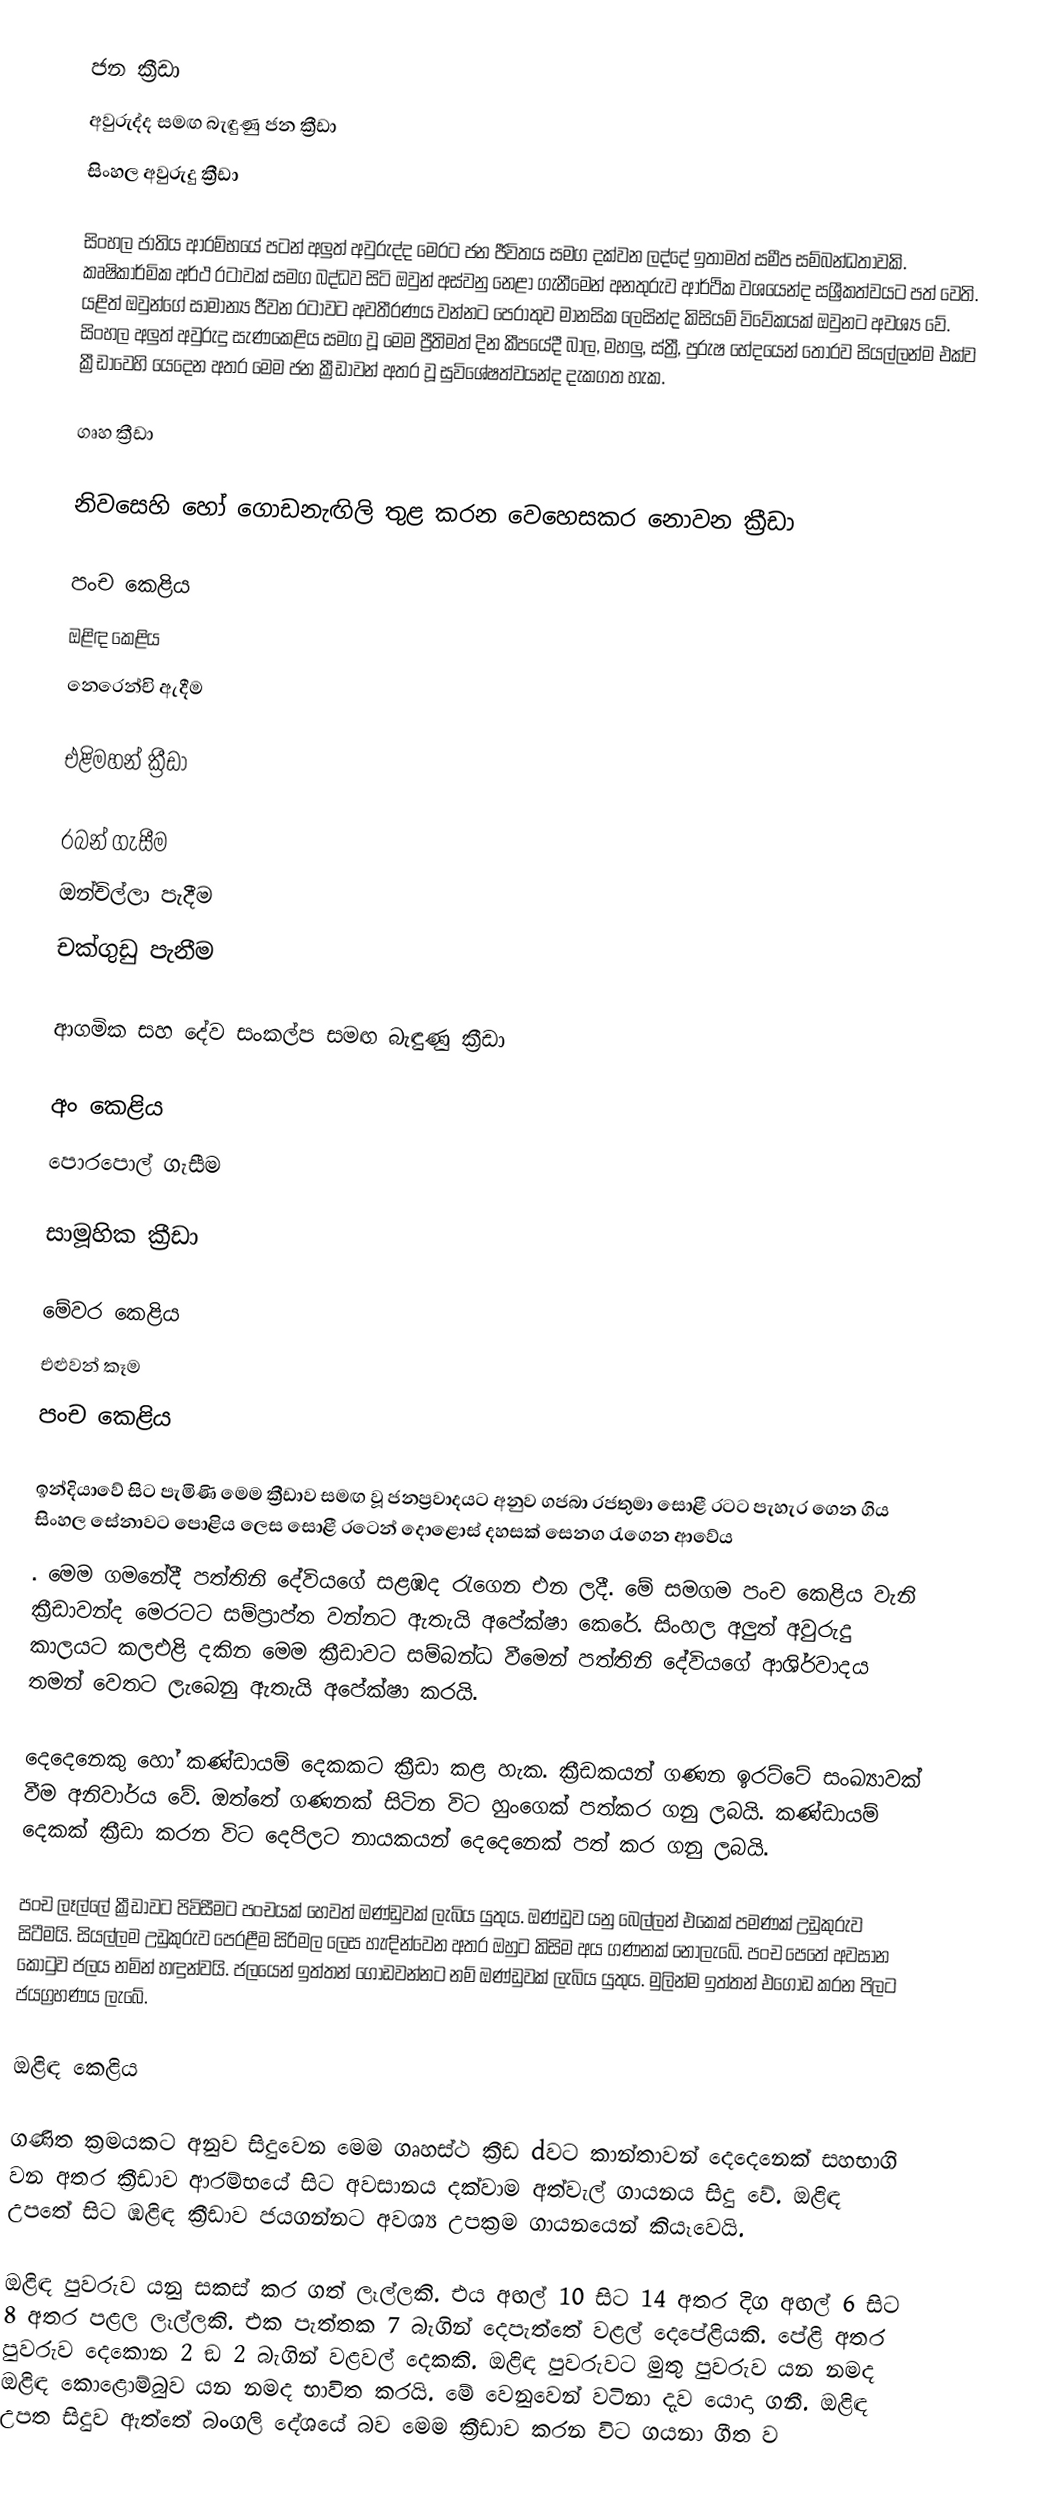
ජන ක්‍රීඩා
අවුරුද්ද සමඟ බැඳුණු ජන ක්‍රීඩා
සිංහල අවුරුදු ක්‍රීඩා

සිංහල ජාතිය ආරම්භයේ පටන් අලුත් අවුරුද්ද මෙරට ජන ජීවිතය සමග දක්‌වන ලද්දේ ඉතාමත් සමීප සම්බන්ධතාවකි. කෘෂිකාර්මික අර්ථ රටාවක්‌ සමග බද්ධව සිටි ඔවුන් අස්‌වනු නෙළා ගැනීමෙන් අනතුරුව ආර්ථික වශයෙන්ද සශ්‍රීකත්වයට පත් වෙති. යළිත් ඔවුන්ගේ සාමාන්‍ය ජීවන රටාවට අවතීරණය වන්නට පෙරාතුව මානසික ලෙසින්ද කිසියම් විවේකයක්‌ ඔවුනට අවශ්‍ය වේ. සිංහල අලුත් අවුරුදු සැණකෙළිය සමග වූ මෙම ප්‍රීතිමත් දින කීපයේදී බාල, මහලු, ස්‌ත්‍රී, පුරුෂ භේදයෙන් තොරව සියල්ලන්ම එක්‌ව ක්‍රීඩාවෙහි යෙදෙන අතර මෙම ජන ක්‍රීඩාවන් අතර වූ සුවිශේෂත්වයන්ද දැකගත හැක.

ගෘහ ක්‍රීඩා

නිවසෙහි හෝ ගොඩනැඟිලි තුළ කරන වෙහෙසකර නොවන ක්‍රීඩා

පංච කෙළිය
ඔළිඳ කෙළිය
නෙරෙන්චි ඇදීම

එළිමහන් ක්‍රීඩා

රබන් ගැසීම
ඔන්චිල්ලා පැදීම
චක්‌ගුඩු පැනීම

ආගමික සහ දේව සංකල්ප සමඟ බැඳුණු ක්‍රීඩා

අං කෙළිය
පොරපොල් ගැසීම

සාමූහික ක්‍රීඩා

මේවර කෙළිය
එළුවන් කෑම
පංච කෙළිය

ඉන්දියාවේ සිට පැමිණි මෙම ක්‍රීඩාව සමඟ වූ ජනප්‍රවාදයට අනුව ගජබා රජතුමා සොළී රටට පැහැර ගෙන ගිය සිංහල සේනාවට පොළිය ලෙස සොළී රටෙන් දොළොස්‌ දහසක්‌ සෙනග රැගෙන ආවේය
. මෙම ගමනේදී පත්තිනි දේවියගේ සළඹද රැගෙන එන ලදී. මේ සමගම පංච කෙළිය වැනි ක්‍රීඩාවන්ද මෙරටට සම්ප්‍රාප්ත වන්නට ඇතැයි අපේක්‌ෂා කෙරේ. සිංහල අලුත් අවුරුදු කාලයට කලඑළි දකින මෙම ක්‍රීඩාවට සම්බන්ධ වීමෙන් පත්තිනි දේවියගේ ආශිර්වාදය තමන් වෙතට ලැබෙනු ඇතැයි අපේක්‌ෂා කරයි.

දෙදෙනෙකු හෝ කණ්‌ඩායම් දෙකකට ක්‍රීඩා කළ හැක. ක්‍රීඩකයන් ගණන ඉරට්‌ටේ සංඛ්‍යාවක්‌ වීම අනිවාර්ය වේ. ඔත්තේ ගණනක්‌ සිටින විට හුංගෙක්‌ පත්කර ගනු ලබයි. කණ්‌ඩායම් දෙකක්‌ ක්‍රීඩා කරන විට දෙපිලට නායකයන් දෙදෙනෙක්‌ පත් කර ගනු ලබයි.

පංච ලෑල්ලේ ක්‍රීඩාවට පිවිසීමට පංචයක්‌ හෙවත් ඔණ්‌ඩුවක්‌ ලැබිය යුතුය. ඔණ්‌ඩුව යනු බෙල්ලන් එකෙක්‌ පමණක්‌ උඩුකුරුව සිටීමයි. සියල්ලම උඩුකුරුව පෙරළීම සිරිමල ලෙස හැඳින්වෙන අතර ඔහුට කිසිම අය ගණනක්‌ නොලැබේ. පංච පෙතේ අවසාන කොටුව ජලය නමින් හඳුන්වයි. ජලයෙන් ඉත්තන් ගොඩවන්නට නම් ඔණ්‌ඩුවක්‌ ලැබිය යුතුය. මුලින්ම ඉත්තන් එගොඩ කරන පිලට ජයග්‍රහණය ලැබේ.

ඔළිඳ කෙළිය

ගණිත ක්‍රමයකට අනුව සිදුවෙන මෙම ගෘහස්‌ථ ක්‍රීඩ dවට කාන්තාවන් දෙදෙනෙක්‌ සහභාගි වන අතර ක්‍රීඩාව ආරම්භයේ සිට අවසානය දක්‌වාම අත්වැල් ගායනය සිදු වේ. ඔළිඳ උපතේ සිට ඹළිඳ ක්‍රීඩාව ජයගන්නට අවශ්‍ය උපක්‍රම ගායනයෙන් කියෑවෙයි.

ඔළිඳ පුවරුව යනු සකස්‌ කර ගත් ලෑල්ලකි. එය අඟල් 10 සිට 14 අතර දිග අඟල් 6 සිට 8 අතර පළල ලෑල්ලකි. එක පැත්තක 7 බැගින් දෙපැත්තේ වළල් දෙපේළියකි. පේළි අතර පුවරුව දෙකොන 2 ඞ 2 බැගින් වළවල් දෙකකි. ඔළිඳ පුවරුවට මුතු පුවරුව යන නමද ඔළිඳ කොළොම්බුව යන නමද භාවිත කරයි. මේ වෙනුවෙන් වටිනා දැව යොදා ගනී. ඔළිඳ උපත සිදුව ඇත්තේ බංගලි දේශයේ බව මෙම ක්‍රීඩාව කරන විට ගයනා ගීත ව